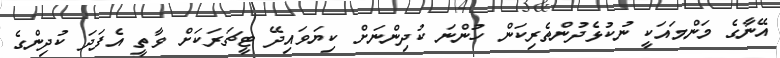
އޭނާގެ މަންމައަކީ ނުކުޅެދުންތެރިކަން ހުންނަ ކުދިންނަށް ކިޔަވައިދޭ ޓީޗަރަކަށް ވާތީ އެފަދަ ކުދިންގެ